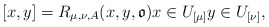
\begin{align*} [x,y]=R_{\mu,\nu,A}(x,y,\mathfrak{o})x\in U_{[\mu]} y\in U_{[\nu]},\end{align*}